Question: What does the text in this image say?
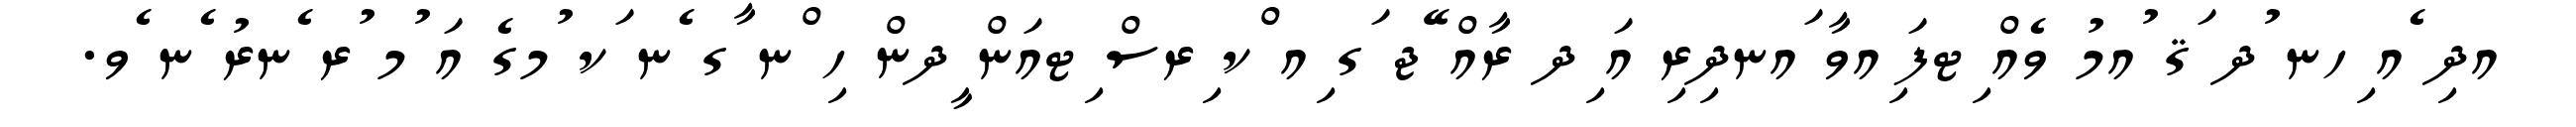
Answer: އދި ެއ ިހނ ުދ ަޤ ުއމު ވެއް ިޓފަ ިއވާ ައނދިރި އަ ިދ ރާއް ޭޖ ަގ ިއ ްކ ިރސް ިޓއަން ީދން ހި ްނ ާގ ެނ ަކ ުމގެ އަ ުމ ުރ ެނރު ެނ ެވ.